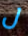
ل